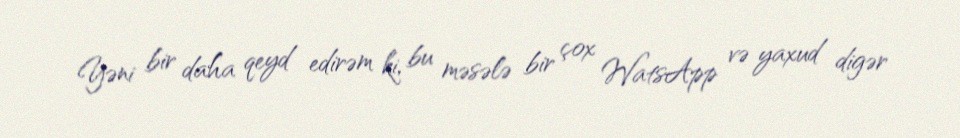
Yəni bir daha qeyd edirəm ki, bu məsələ bir çox WatsApp və yaxud digər